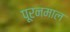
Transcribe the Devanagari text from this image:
पूरनमाल